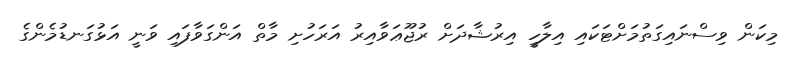
މިކަން ވިސްނައިގަތުމަށްޓަކައި އިލާހީ އިރުޝާދަށް ރުޖޫޢަވާއިރު އަރަހުށި މާތް އަންގަވާފައި ވަނީ އަޅުގަނޑުމެންގެ